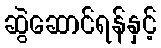
ဆွဲဆောင်ရန်နှင့်